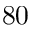
8 0